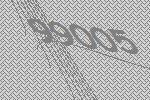
99005